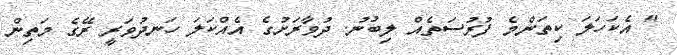
" އެކަހަލަ ކިތަންމެ ފުރުސަތެއް ލިބުނު. ދުވާރަށުގެ އެއްކަލަ ހަނދުވަރީ ރޭގެ މަތިން